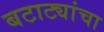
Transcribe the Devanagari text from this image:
बटाट्यांचा